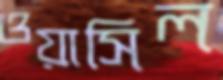
ওয়াসিল